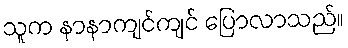
သူက နာနာကျင်ကျင် ပြောလာသည်။